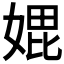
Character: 𭒇